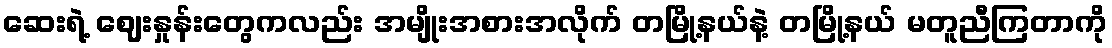
ဆေးရဲ့ ဈေးနှုန်းတွေကလည်း အမျိုးအစားအလိုက် တမြို့နယ်နဲ့ တမြို့နယ် မတူညီကြတာကို